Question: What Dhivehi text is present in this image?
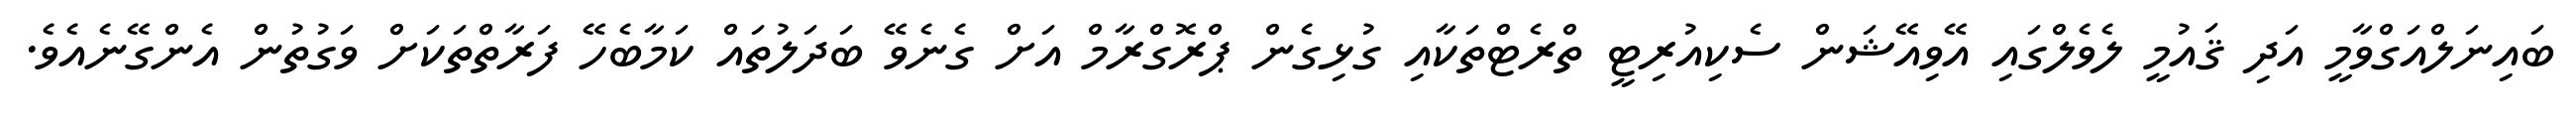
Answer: ބައިނަލްއަގްވާމީ އަދި ޤައުމީ ލެވެލްގައި އޭވިއޭޝަން ސެކިއުރިޓީ ތްރެޓްތަކާއި ގުޅިގެން ޕްރޮގްރާމް އަށް ގެނެވޭ ބަދަލުތައް ކަމާބެހޭ ފަރާތްތަކަށް ވަގުތުން އެންގޭނެއެވެ.